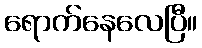
ရောက်နေလေပြီ။